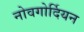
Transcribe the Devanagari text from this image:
नोवगोर्दियन